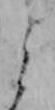
よ